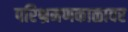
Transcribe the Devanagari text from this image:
परिभ्रमणकाळावर